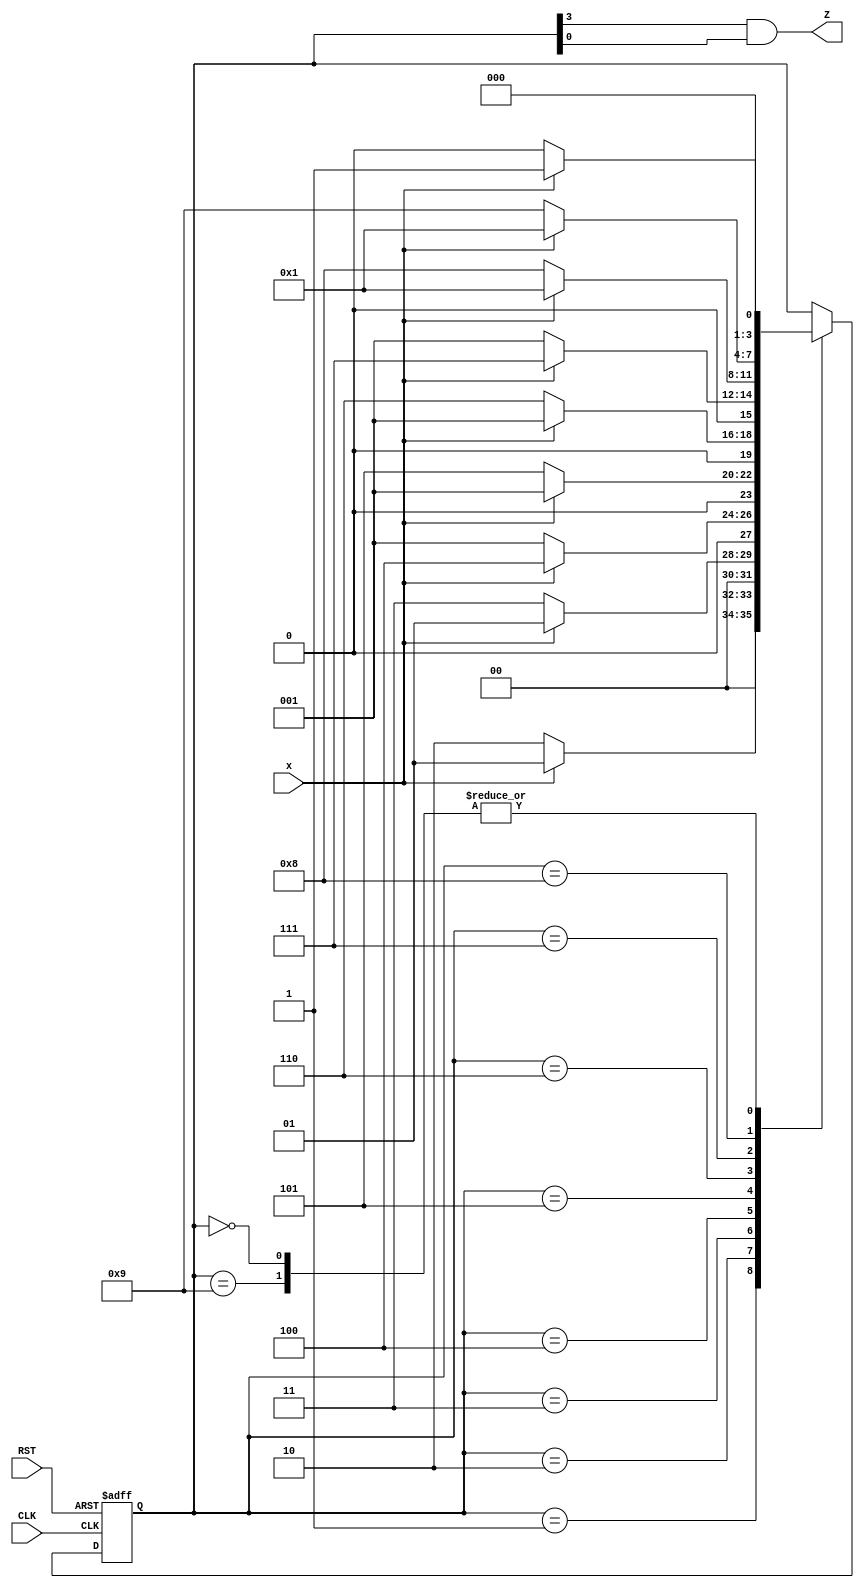
`timescale 1ns / 1ps
//////////////////////////////////////////////////////////////////////////////////
// Company: 
// Engineer: 
// 
// Design Name: 
// Module Name:    co2Detector 
// Project Name: 
// Target Devices: 
// Tool versions: 
// Description: 
//
// Dependencies: 
//
// Revision: 
// Revision 0.01 - File Created
// Additional Comments: 
//
//////////////////////////////////////////////////////////////////////////////////
module co2Detector(x,Z,CLK,RST);
   input x,CLK,RST;
   output Z;
	
   reg [3:0] state = 4'b0000;
   parameter S0 = 4'b0000, S1 = 4'b0001, S2 = 4'b0010, S3 = 4'b0011, S4 = 4'b0100, S5 = 4'b0101, S6 = 4'b0110, S7 = 4'b0111, S8 = 4'b1000, S9 = 4'b1001;
      always @ (posedge CLK or negedge RST)
         if (~RST) state = S0;  //Initialize to state S0
	    else
			case (state)
            S0: if (~x)  state = S0; else state = S1; 
            S1: if (~x)  state = S2; else state = S1;   
            S2: if (~x)  state = S3; else state = S1;
			   S3: if (~x)  state = S1; else state = S4;
			   S4: if (~x)  state = S5; else state = S1; 
			   S5: if (~x)  state = S6; else state = S1; 
			   S6: if (~x)  state = S1; else state = S7;
		      S7: if (~x)  state = S8; else state = S1; 
			   S8: if (~x)  state = S9; else state = S1; 
				S9: if (~x)  state = S0; else state = S1; 
         endcase
		assign Z=state[3]&state[0];
endmodule